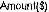
AMOUNT($)